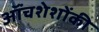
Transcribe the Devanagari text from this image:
ऑंचशेशोंकी